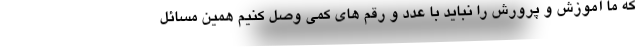
که ما آموزش و پرورش را نباید با عدد و رقم های کمی وصل کنیم همین مسائل